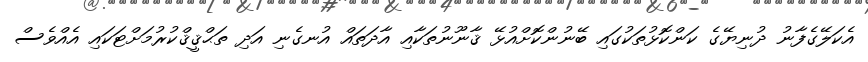
އެކަލޭގެފާނު ދުނިޔޭގެ ކަންކޮޅުތަކުގައި ބޭނުންކޮށްއުޅޭ ޤާނޫނުތަކާއި އާދަތައް އުނގެނި އަދި ތަޙްޤީޤްކުރުމަށްޓަކައި އެއްވެސް